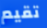
تقيم